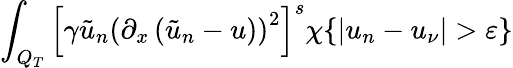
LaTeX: \int_{Q_{T}}\left[\gamma\tilde{u}_{n}\left(\partial_{x}\left(\tilde{u}_{n}-u\right)\right)^{2}\right]^{s}\chi\{ |u_{n}-u_{\nu}|>\varepsilon\}